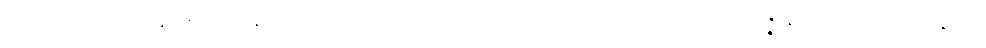
သမုဋ္ဌာယ၊ ဤခန္ဓာကိုယ်ဟူသော အကြောင်းရှိသောကြောင့်။ စိတ္တံ၊ စိတ်ကို။ ဩဿဇ္ဇန္တိ၊ ဖမ်း၍လွှတ်ကုန်၏။